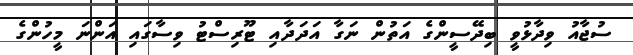
ސުޖާއު ވިދާޅުވީ ބިދޭސީންގެ އަތުން ނަގާ އަދަދާއި ޓޫރިސްޓު ވިސާގައި އަންނަ މީހުންގެ